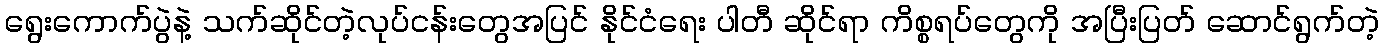
ရွေးကောက်ပွဲနဲ့ သက်ဆိုင်တဲ့လုပ်ငန်းတွေအပြင် နိုင်ငံရေး ပါတီ ဆိုင်ရာ ကိစ္စရပ်တွေကို အပြီးပြတ် ဆောင်ရွက်တဲ့